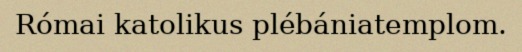
Római katolikus plébániatemplom.